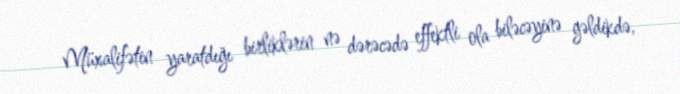
Müxalifətin yaratdığı birliklərin nə dərəcədə effektli ola biləcəyinə gəldikdə,